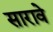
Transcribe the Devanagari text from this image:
सारावे